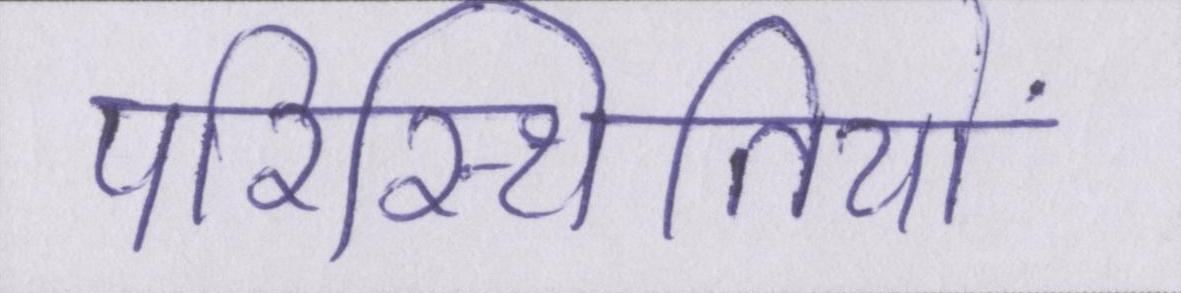
परिस्थितियों